Vaccination in Bombay 1869-1873 - 1869-1873
Year: 1869
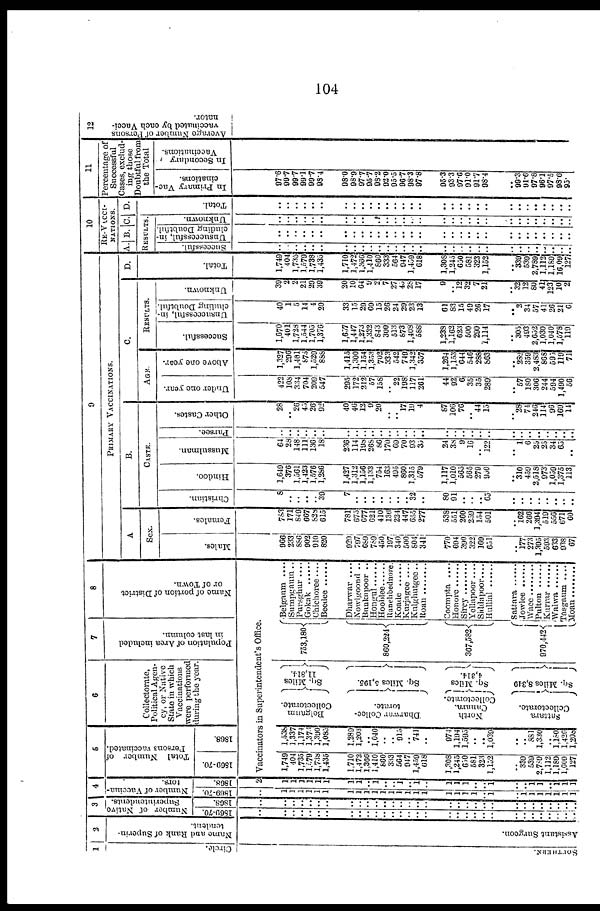
104
1
Circle.
SOUTHERN.
2
Name and Rank of Superin-
tendent.
Assistant Surgeon.
3
Number of Native
Superintendents.
1869-70.
..
..
..
..
..
..
..
..
..
..
..
..
..
..
..
..
..
..
..
..
..
..
..
..
..
..
..
..
..
..
..
1868.
..
..
..
..
..
..
..
..
..
..
..
..
..
..
..
..
..
..
..
..
..
..
..
..
..
..
..
..
..
..
..
4
Number of Vaccina-
tors.
1869-70.
..
1
1
1
1
1
1
1
1
1
1
1
1
1
1
1
1
1
1
1
1
.. 1
..
1
1
1
1
1
1
1
1868.
2
1
1
1
1
1
1
1
1
.. 1
..
.. 1
.. 1
..
1
1
1
..
.. 1
..
.. 1
1
..
1
1
1
5
Total Number of
Persons vaccinated.
1869-70.
1868.
6
Collectorate,
Political Agen-
cy, or Native
State in which
Vaccinations
were performed
during the year.
7
Population of Area included
in last column.
8
Name of portion of District
or of Town.
Vaccinators in Superintendent's Office.
1,749
404
1,735
1,579
1,738
1,435
1,710
1,472
1,366
1,410
860
333
564
947
1,459
618
1,308
1,245
650
581
323
1,152
..
330
539
2,789
1,112
1,189
1,609
127
1,538
1,337
1,174
1,373
1,390
1,085
1,280
1,203
.. 1,040
..
.. 915
.. 741
..
974
1,194
1,595
..
..
1,039
..
.. 881
1,330
.. 1,180
1,420
1,208
Belgaum
Collectorate.
Dharwar Collec-
torate.
North
Canara.
Collectorate.
Sattara
Collectorate.
Sq. Miles
11,814.
Sq. Miles 5,195.
Sq. Miles
4,314.
Sq. Miles 8,349
753,180
860,224
367,582
970,442
Belgaum . . . .
Sumpgaum . .
Pursghur . . . .
Gokak . . . . . .
Chichoree. . . .
Beedee
Dharwar ....
Nowlgoond ..
Bunkapoor . .
Hongul . . . . . .
Hooble . . . . . .
Ranehbednore.
Koade . . . . . .
Kurjagee ....
Kulghutgee..
Roan . . . . . . . .
Coompta....
Honore
Sircy
Yellapoor....
Siddapoor . . . .
Hullial . . . . .
Sattara . . . . .
Jowlee .....
Waee
Pulton
Kurrar
Wahwa
Tasgaum ....
9
PRIMARY VACCINATIONS.
A
Sex.
Males.
..
966
233
886
902
910
820
929
797
689
789
450
197
340
500
804
341
770
604
390
322
169
651
..
177
273
1,395
503
633
938
67
Females.
..
783
171
849
667
828
615
781
675
677
621
410
136
224
447
655
277
538
551
260
259
154
501
..
162
266
1,394
519
556
671
60
B.
CASTE.
Christian.
..
8
..
..
..
.. 39
7
..
..
..
..
..
..
.. 32
..
80
91
..
..
.. 65
..
..
..
..
..
..
..
..
Hindoo.
..
1,649
376
1,561
1,423
1,576
1,286
1,427
1,312
1,156
1,133
754
163
495
860
1,315
579
1,117
1,010
565 565
279
950
..
310
459
2,518
973
1,059
1,375
113
Mussulman.
..
64
28
148
111
136
18
236
114
198
268
86
170
69
70
93
35
24
38
9
16
.. 122
..
1
6
25
25
34
65
..
Parsee.
..
..
..
..
..
..
..
..
..
..
..
..
..
..
..
..
..
..
..
..
..
..
..
..
..
..
..
..
..
..
..
Other Castes.
..
28
.. 26
45
26
92
40
40
12
9
20
.. .. 17
19
4
87
106
76
.. 44
15
..
28
74
246
114
96
169
14
C.
AGE.
Under one year.
..
422
108
334
704
209
547
295
172
212
57
158
.. 22
198
117
261
44
92
6
35
35
289
..
57
180
306
244
594
1,490
56
Above one year.
..
1,327
296
1,401
875
1,529
888
1,415
1,300
1,154
1,353
702
333
542
749
1,342
357
1,264
1,153
644
546
288
863
..
282
359
2,483
868
595
119
71
RESULTS.
Successful.
..
1,670
401
1,728
1,544
1,705
1,376
1,657
1,447
1,273
1,332
843
300
513
873
1,409
588
1,238
1,162
.. 500
290
1,114
..
305
493
2,652
1,030
1,040
1,578
119
Unsuccessful, in¬
cluding Doubtful.
..
40
1
5
14
4
20
33
15
29
69
15
26
24
29
23
13
61
83
15
49
26
17
..
2
34
57
41
26
21
6
Unknown.
..
39
2
2 21
29
39
20
10
64
9
2
7
27
45
28
17
9
..
12 32
7
21
..
32
12
80
41
123 10
2
D.
Total.
..
1,749
404
1,735
1,579
1,738
1,435
1,710
1,472
1,366
1,410
860
333
564
947
1,459
618
1,308
1,245
650
581
323
1,152
..
339
539
2,789
1,112
1,189
16,09
127
10
RE-VACCI¬
NATIONS.
A. B. C.
RESULTS.
Successful.
..
..
..
..
..
..
..
..
..
..
..
..
..
..
..
..
..
..
..
..
..
..
..
..
..
..
..
.. ..
..
..
Unsuccessful, in¬
cluding Doubtful.
..
..
..
..
..
..
..
..
..
..
..
..
..
..
..
..
..
..
..
..
..
..
..
..
..
..
..
..
..
..
..
Unknown.
..
..
..
..
..
..
..
..
..
..
..
..
..
..
..
..
..
..
..
..
..
..
..
..
..
..
..
..
..
..
..
D.
Total.
..
..
..
..
..
..
..
..
..
..
..
..
..
..
..
..
..
..
..
..
..
..
..
..
..
..
..
..
..
..
..
11
Percentage of
Successful
Cases, exclud¬
ing those
Doubtful from
the Total
In Primary Vac-
cinations.
..
97.6
99.7
99.7
99.1
99.7
93.4
98.0
98.9
97.7
95.7
98.2
92.0
95.5
96.7
98.3
97.8
95.3
93.3
97.6
91.0
91.7
98.4
..
99.3
91.6
97.8
96.1
97.5
98.6
95.
In Secondary
Vaccinations.
12
Average Number of Persons
vaccinated by each Vacci-
nator.